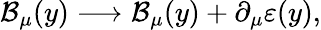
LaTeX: \mathcal{B}_{\mu}(y)\longrightarrow\mathcal{B}_{\mu}(y)+\partial_{\mu}\varepsilon(y),